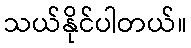
သယ်နိုင်ပါတယ်။